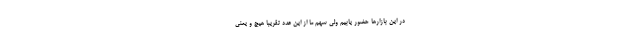
در این بازارها حضور یابیم ولی سهم ما از این عدد تقریبا هیچ و یعنی